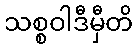
သစ္စဝါဒီမှီတိ